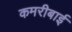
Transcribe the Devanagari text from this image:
कमरीबाई